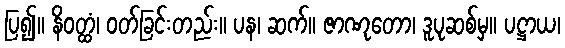
ပြ၍။ နိဝတ္ထံ၊ ဝတ်ခြင်းတည်း။ ပန၊ ဆက်။ ဇာဏုတော၊ ဒူပုဆစ်မှ။ ပဋ္ဌာယ၊